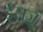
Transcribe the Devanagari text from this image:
ईसुज़ू